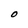
Character: O